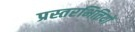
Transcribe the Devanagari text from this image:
प्रस्तरभित्तियों